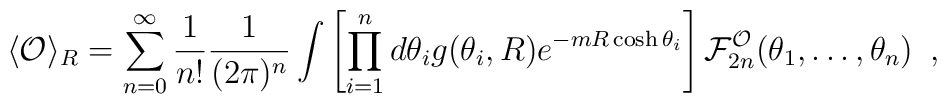
\langle {\cal O} \rangle_R =\sum_{n=0}^{\infty} \frac{1}{n!} \frac{1}{(2 \pi)^n}\int \left[\prod_{i=1}^n d\theta_i g(\theta_i,R) e^{-m R \cosh\theta_i}\right] {\cal F}^{\cal O}_{2n}(\theta_1,\ldots,\theta_n)\,\,\,,